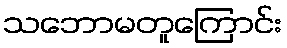
သဘောမတူကြောင်း